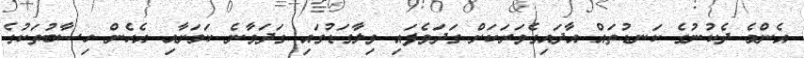
އެންމެ ދެކުނުގެ ކަނޑުތައް އާދައިގެވަރަކަށް ގަދަވެފައި ވިލާގަޑުގައި ގަދަވާނެ ކަމަށާއި އެހެން ހިސާބުތަކުގެ